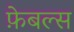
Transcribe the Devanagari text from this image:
फ़ेबल्स